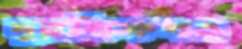
দূরশিক্ষণও